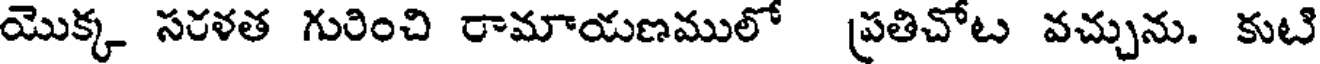
యొక్క సరళత గురించి రామాయణములో ప్రతిచోట వచ్చును. కుటి